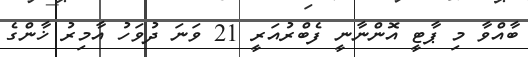
ބާއްވާ މި ޕާޓީ އޮންނާނީ ފެބްރުއަރީ 21 ވަނަ ދުވަހު އާމިރު ޚާންގެ